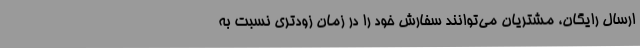
ارسال رایگان، مشتریان می‌توانند سفارش خود را در زمان زودتری نسبت به